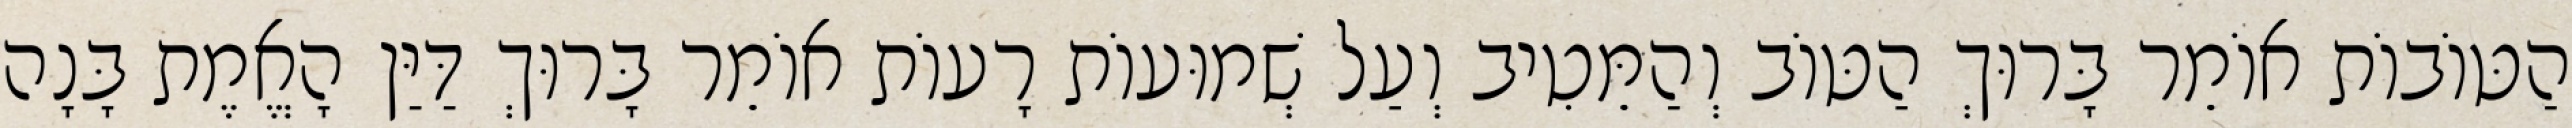
הַטּוֹבוֹת אוֹמֵר בָּרוּךְ הַטּוֹב וְהַמֵּטִיב וְעַל שְׁמוּעוֹת רָעוֹת אוֹמֵר בָּרוּךְ דַּיַּן הָאֱמֶת בָּנָה